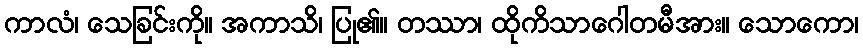
ကာလံ၊ သေခြင်းကို။ အကာသိ၊ ပြု၏။ တဿာ၊ ထိုကိသာဂေါတမီအား။ သောကော၊